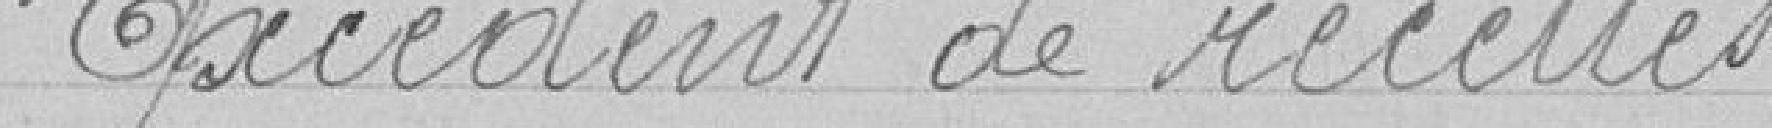
Excédent de recettes